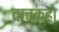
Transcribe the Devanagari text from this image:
वाचकहो